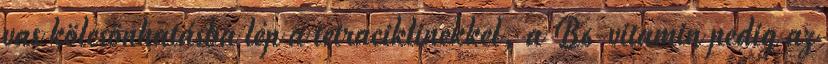
vas kölcsönhatásba lép a tetraciklinekkel, a B6-vitamin pedig az